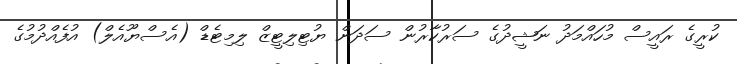
ކުރީގެ ރައީސް މުހައްމަދު ނަޝީދުގެ ސަރުކާރުން ސަދަން ޔުޓިލިޓީޒް ލިމިޓެޑް (އެސްޔޫއެލް) އުފެއްދުމުގެ